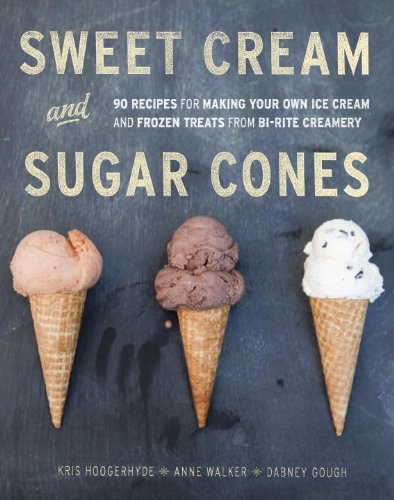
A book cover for Sweet Cream and Sugar Cones: 90 Recipes for Making Your Own Ice Cream and Frozen Treats from Bi-Rite Creamery; Kris Hoogerhyde; Cookbooks, Food & Wine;